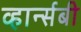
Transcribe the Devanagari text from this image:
व्हार्न्सबी